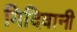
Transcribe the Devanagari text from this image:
मिदिवानी